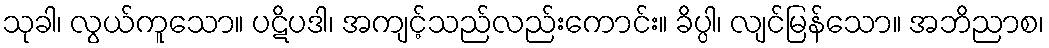
သုခါ၊ လွယ်ကူသော။ ပဋိပဒါ၊ အကျင့်သည်လည်းကောင်း။ ခိပ္ပါ၊ လျင်မြန်သော။ အဘိညာစ၊